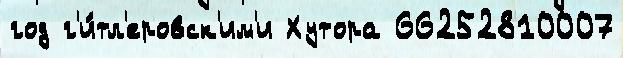
год г'и́тл'еровск'им'и Хутора 66252810007